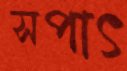
সপাৎ